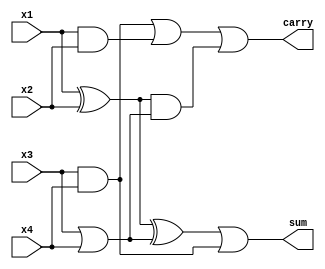
module yang2(x1,x2,x3,x4,sum,carry);
 output sum,carry;
 input x1,x2,x3,x4;
 wire t1,t2,t3,t4,t5,t6,t8;

 assign t1 = x1^x2;
 assign t2 = x3 | x4;
 assign t3 = t1^t2;
 assign t4 = x3&x4;
 assign t5 = x1&x2;
 assign t6 = t1&t2;
 nor(t8,t4,t5,t6);
 assign sum = t3 | t4;
 assign carry = ~t8;
endmodule